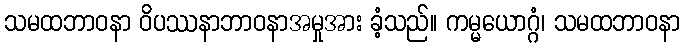
သမထဘာဝနာ ဝိပဿနာဘာဝနာအမှုအား ခံ့သည်။ ကမ္မယောဂ္ဂံ၊ သမထဘာဝနာ